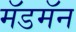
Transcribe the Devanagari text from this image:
मॅडमॅन